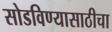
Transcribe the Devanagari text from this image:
सोडविण्यासाठीचा